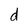
Character: d